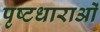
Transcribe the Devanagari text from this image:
पृष्टधाराओं